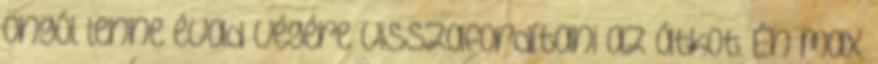
öngól lenne évad végére visszafordítani az átkot. Én max